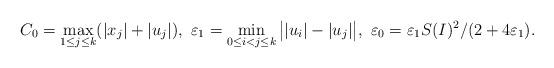
LaTeX: \begin{align*}C_0=\max\limits_{1\leq j\leq k}(|x_j|+|u_j|),\ \varepsilon_1=\min\limits_{0\leq i<j\leq k}\big||u_i|-|u_j|\big|,\ \varepsilon_0=\varepsilon_1S(I)^2/(2+4\varepsilon_1).\end{align*}